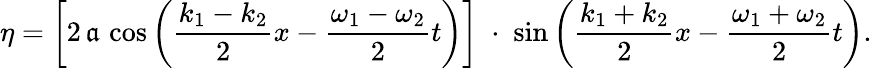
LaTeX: \eta=\left[2\, \mathfrak{a}\, \cos\left({\frac{{k_{1}-k_{2}}}{{2}}}x-{\frac{{\omega_{1}-\omega_{2}}}{{2}}}t\right)\right]\; \cdot\; \sin\left({\frac{{k_{1}+k_{2}}}{{2}}}x-{\frac{{\omega_{1}+\omega_{2}}}{{2}}}t\right).